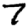
Digit: 7